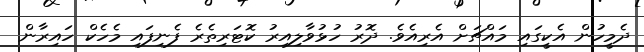
ދެމީހުން އެކީގައި މައްޗަށް އެރިއެވެ. ދޮރު ހުޅުވާލިއިރު ކޮޓަރިތެރެ ފެނިފައި މެހެކް ހައިރާން